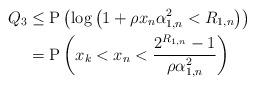
LaTeX: \begin{align*}Q_3 &\leq \mathrm{P}\left( \log\left(1+\rho x_n\alpha_{1,n}^2<R_{1,n}\right)\right)\\ &= \mathrm{P}\left( x_k< x_n<\frac{2^{R_{1,n}}-1}{\rho \alpha_{1,n}^2} \right)\end{align*}